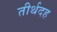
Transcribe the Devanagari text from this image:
तीर्थदह